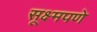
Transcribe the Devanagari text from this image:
सूक्ष्मपणे